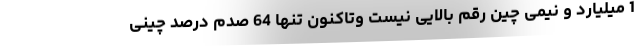
1 میلیارد و نیمی چین رقم بالایی نیست وتاکنون تنها 64 صدم درصد چینی